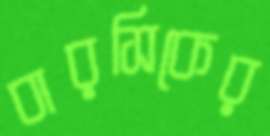
বারসিকের